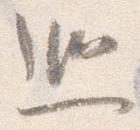
巡